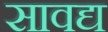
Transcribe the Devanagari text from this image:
सावद्य